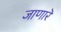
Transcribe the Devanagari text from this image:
जाणारॆ